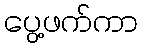
ပွေ့ဖက်ကာ